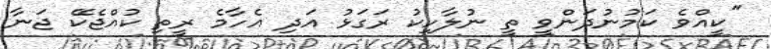
''ކީއްވެ ކަމުނުދަންވީ ތީ ނުލާހިކު ރަގަޅު އަދި އެހާމެ ރީތި ކުއްޖެކޭ ޖަނާ